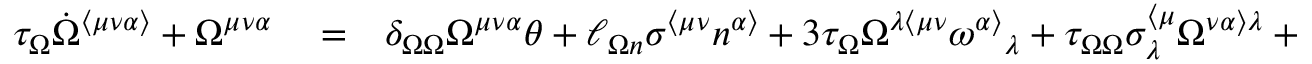
\begin{array} { r l r } { \tau _ { \Omega } \dot { \Omega } ^ { \langle \mu \nu \alpha \rangle } + \Omega ^ { \mu \nu \alpha } } & { { } = } & { \delta _ { \Omega \Omega } \Omega ^ { \mu \nu \alpha } \theta + \ell _ { \Omega n } \sigma ^ { \langle \mu \nu } n ^ { \alpha \rangle } + 3 \tau _ { \Omega } \Omega ^ { \lambda \langle \mu \nu } \omega ^ { \alpha \rangle } { } _ { \lambda } + \tau _ { \Omega \Omega } \sigma _ { \lambda } ^ { \langle \mu } \Omega ^ { \nu \alpha \rangle \lambda } + \frac { 3 } { 7 } \eta _ { \Omega } \nabla ^ { \langle \mu } \pi ^ { \nu \alpha \rangle } + \lambda _ { \Omega \pi } \pi ^ { \langle \mu \nu } \nabla ^ { \alpha \rangle } \alpha } \end{array}